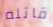
قاتله